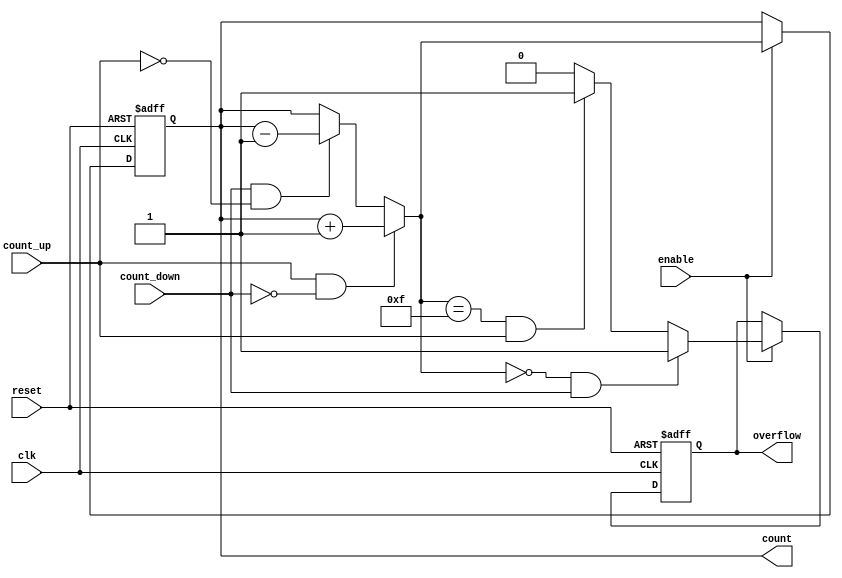
module multi_bit_counter #(
    parameter BIT_WIDTH = 4 // Specify the bit width of the counter
)(
    input wire clk,           // Clock signal
    input wire reset,         // Asynchronous reset signal
    input wire enable,        // Enable signal
    input wire count_up,      // Control signal for up-counting
    input wire count_down,    // Control signal for down-counting
    output reg [BIT_WIDTH-1:0] count, // Current count output
    output reg overflow       // Overflow flag
);

    // Internal signal to hold the next count value
    reg [BIT_WIDTH-1:0] next_count;

    // Asynchronous reset and counting logic
    always @(posedge clk or posedge reset) begin
        if (reset) begin
            count <= 0; // Reset the counter to 0
            overflow <= 0; // Clear overflow flag
        end else if (enable) begin
            count <= next_count; // Update the count
            // Check for overflow condition
            if (next_count == 0 && count_down) begin
                overflow <= 1; // Set overflow when wrapping around
            end else if (next_count == {BIT_WIDTH{1'b1}} && count_up) begin
                overflow <= 1; // Set overflow when wrapping around
            end else begin
                overflow <= 0; // Clear overflow flag
            end
        end
    end

    // Combinational logic to determine the next count value
    always @(*) begin
        if (count_up && !count_down) begin
            next_count = count + 1; // Increment
        end else if (count_down && !count_up) begin
            next_count = count - 1; // Decrement
        end else begin
            next_count = count; // Hold the current count if neither
        end
    end

endmodule